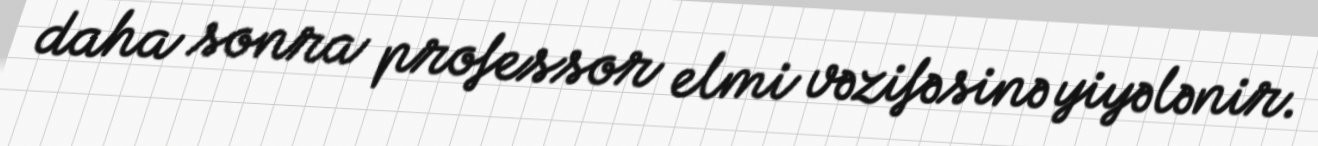
daha sonra professor elmi vəzifəsinə yiyələnir.